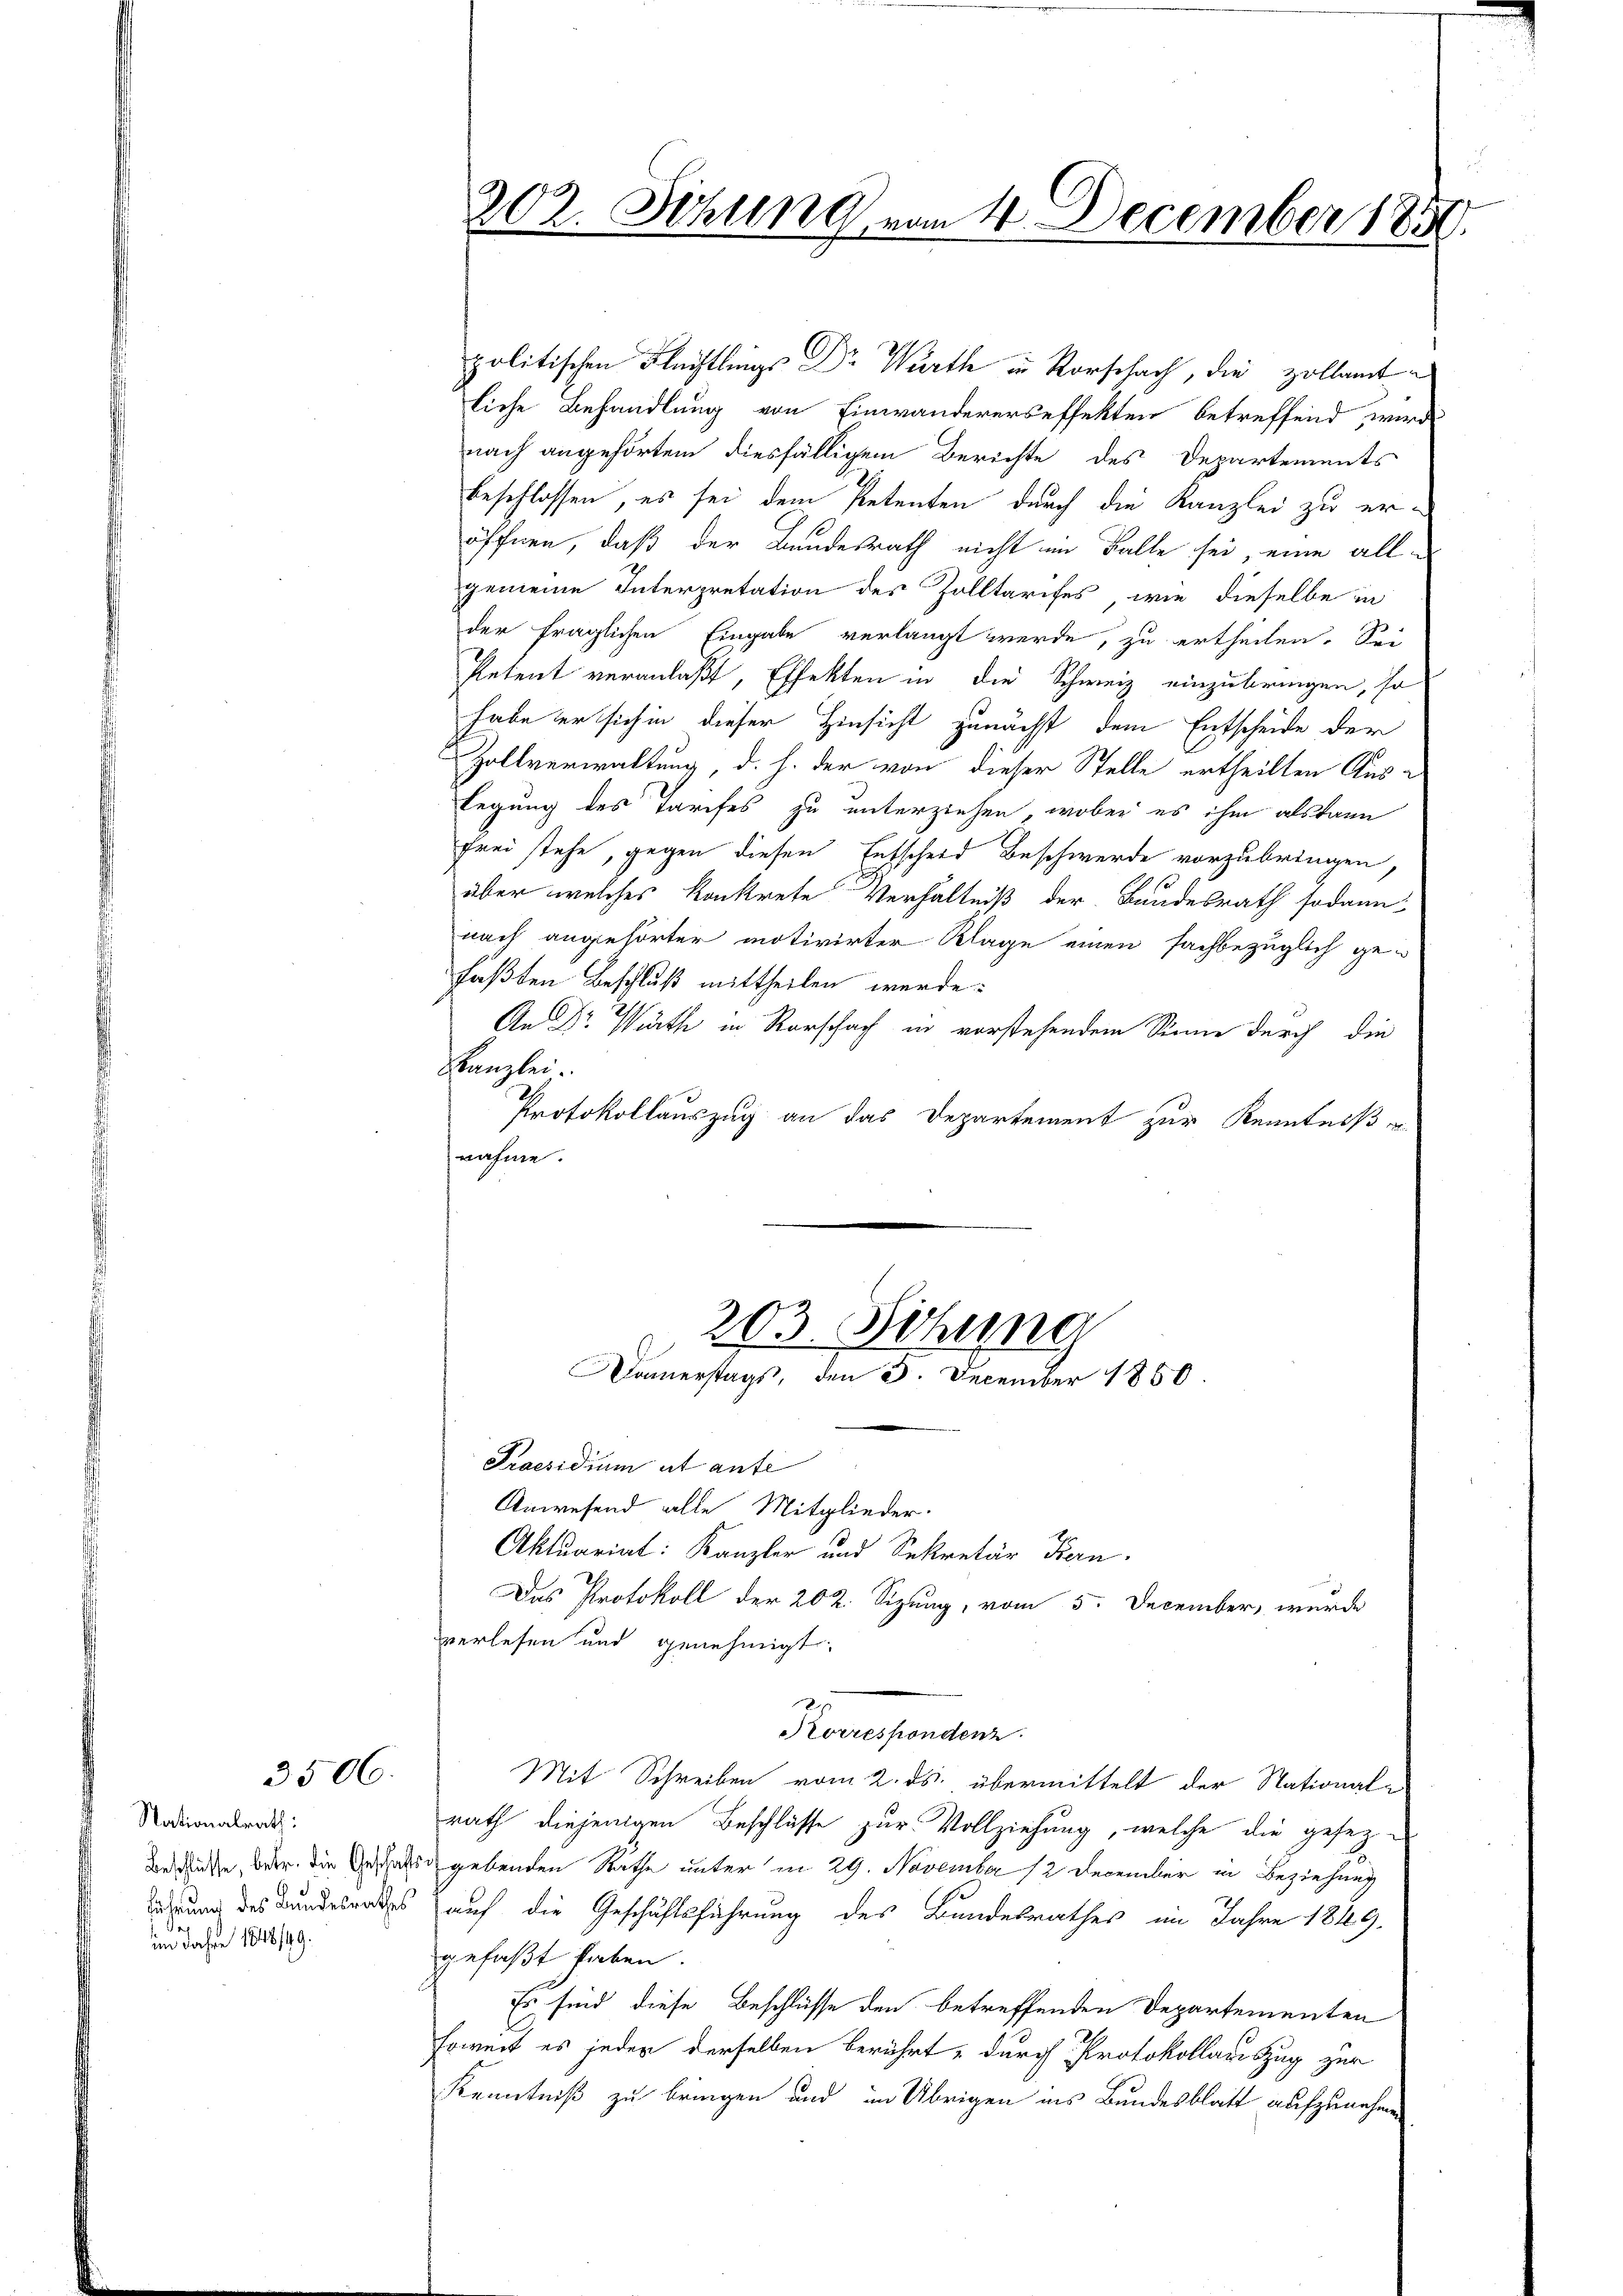
3506.

Nationalrath:
.
im Jahre 1848/49.

politischen Flüchtlings Dr Würth in Rorschach, die zollamtliche Behandlung von Einwandererseffekten betreffend wird
nach angehörtem diesfälligem Berichte des Departements
beschlossen, es sei dem Petenten durch die Kanzlei zu eröffnen, daß der Bundesrath nicht im Falle sei, eine allgemeine Interpretation des Zolltarifes, wie dieselbe in
der fraglichen Eingabe verlangt werde, zu ertheilen. Sei
Petent veranlaßt, Effekten in die Schweiz einzubringen, so
habe er sich in dieser Hinsicht zunächst dem Entscheide der
Zollverwaltung, d. h. der von dieser Stelle ertheilten Auslegung des Tarifes zu unterziehen, wobei es ihm als kann
frei stehe, gegen diesen Entscheid Beschwerde vorzubringen,
über welches konkrete Verhältniß der Bundesrath sodann
nach angehörter motivirter Klage einen fachbezüglich ge-
faßten Beschluß mittheilen werde.
2
An Dr. Wirth in Rorschach in vorstehendem Sinne durch die
Kanzlei.
Protokollauszug an das Departement zur Kenntniß
nahme.

202. Sitzung vom 4. December 1859

203. Situng
Donnerstags, den 3. December 1850.

Praesidium et aufe
Anwesend alle Mitglieder.
Aktuariat: Kanzler und Sekretär Bern.
Das Protokoll der 202. Sizung, vom 5. December, wurde
verlesen und genehmigt.
Korrespondenz.
Mit Schreiben vom 2. ds. übermittelt der Nationala
rath diejenigen Beschlüsse zur Vollziehung, welche die gesetz-
Bedeute, oder die Geschaft gebenden Rathe unter in 29. November 12 December in Beziehung
derung des Bundelendes auf die Geschäftsführung des Bundesrathes im Jahre 1849.
gefaßt haben.
Es sind diese Beschlüsse den betreffenden Departementen
soweit es jeder derselben berührt, durch Protokollauszug zur
Kenntniß zu bringen und in Übrigen ins Bundesblatt aufzunehmen